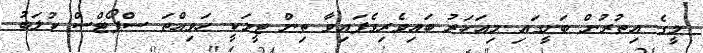
މީގެ އިތުރުން ބަށީގައި މިއަހަރު ބައިވެރިވެފައިވާ ތިން ޓީމަކީ ހަވިއްތަ ސްޕޯޓްސް ކުލަބު